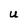
Character: U